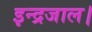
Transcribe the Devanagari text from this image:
इन्द्रजाल।